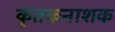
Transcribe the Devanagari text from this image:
कृंतकनाशक